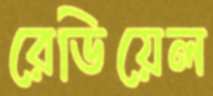
রেডিয়েল